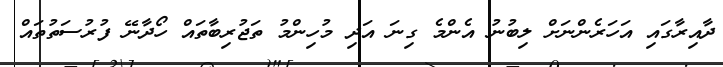
ދާއިރާގައި އަހަރެންނަށް ލިބުނު އެންމެ ގިނަ އަދި މުހިންމު ތަޖުރިބާތައް ހޯދާނޭ ފުރުސަތުތައް